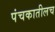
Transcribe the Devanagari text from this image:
पंचकातीलच